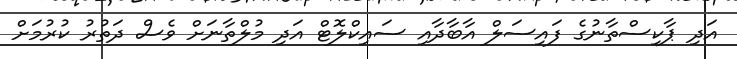
އަދި ޕާކިސްތާނުގެ ފައިސަލް އާބާދާއި ސައިކްލޮޓް އަދި މުލްތާނަށް ވެސް ދަތުރު ކުރުމަށް